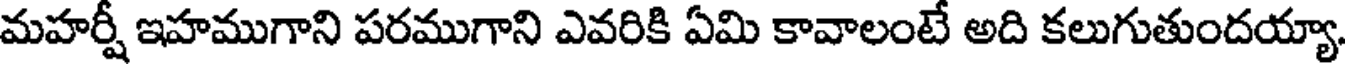
మహర్షీ ఇహముగాని పరముగాని ఎవరికి ఏమి కావాలంటే అది కలుగుతుందయ్యా